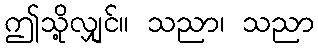
ဤသို့လျှင်။ သညာ၊ သညာ